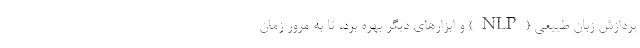
پردازش زبان طبیعی (NLP) و ابزارهای دیگر بهره برد، تا به مرور زمان